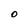
Character: O